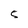
Character: 5